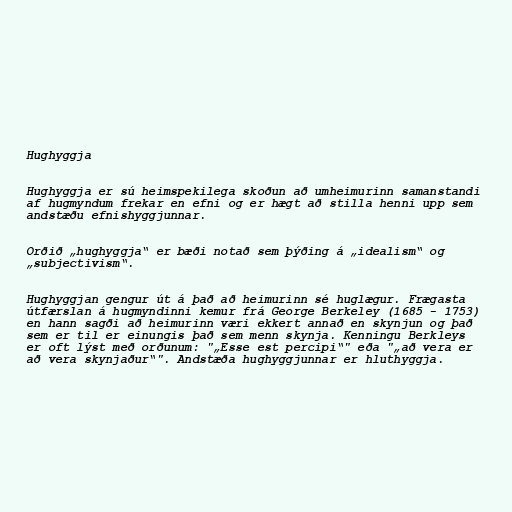
Hughyggja

Hughyggja er sú heimspekilega skoðun að umheimurinn samanstandi
af hugmyndum frekar en efni og er hægt að stilla henni upp sem
andstæðu efnishyggjunnar.

Orðið „hughyggja“ er bæði notað sem þýðing á „idealism“ og
„subjectivism“.

Hughyggjan gengur út á það að heimurinn sé huglægur. Frægasta
útfærslan á hugmyndinni kemur frá George Berkeley (1685 - 1753)
en hann sagði að heimurinn væri ekkert annað en skynjun og það
sem er til er einungis það sem menn skynja. Kenningu Berkleys
er oft lýst með orðunum: "„Esse est percipi“" eða "„að vera er
að vera skynjaður“". Andstæða hughyggjunnar er hluthyggja.